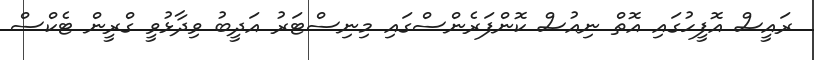
ރައީސް އޮފީހުގައި އޮތް ނިއުސް ކޮންފަރެންސްގައި މިނިސްޓަރު އަދީބު ވިދާޅުވީ ގްރީން ޓެކްސް